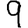
Digit: 9